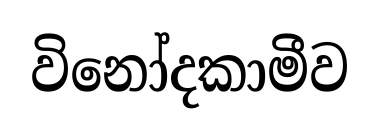
විනෝදකාමීව